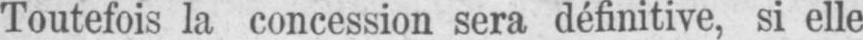
Toutefois la concession sera définitive, si elle